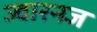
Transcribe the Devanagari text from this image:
ज्वारनज